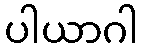
ပါယာဂါ